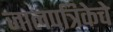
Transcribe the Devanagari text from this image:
जालपत्रिकेचे